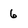
Character: 6